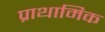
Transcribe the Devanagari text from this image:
प्राथामिक